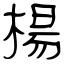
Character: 楊